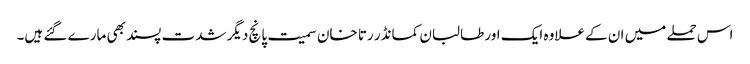
اس حملے میں ان کے علاوہ ایک اور طالبان کمانڈر رتا خان سمیت پانچ دیگر شدت پسند بھی مارے گئے ہیں۔